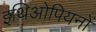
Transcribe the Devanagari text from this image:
इथिओपियनों